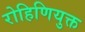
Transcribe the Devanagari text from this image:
रोहिणियुक्त